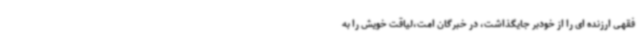
فقهی ارزنده ای را از خودبر جایگذاشت، در خبرگان امت،لیاقت خویش را به